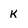
Character: k